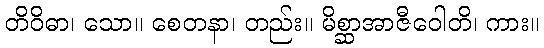
တိဝိဓာ၊ သော။ စေတနာ၊ တည်း။ မိစ္ဆာအာဇီဝေါတိ၊ ကား။